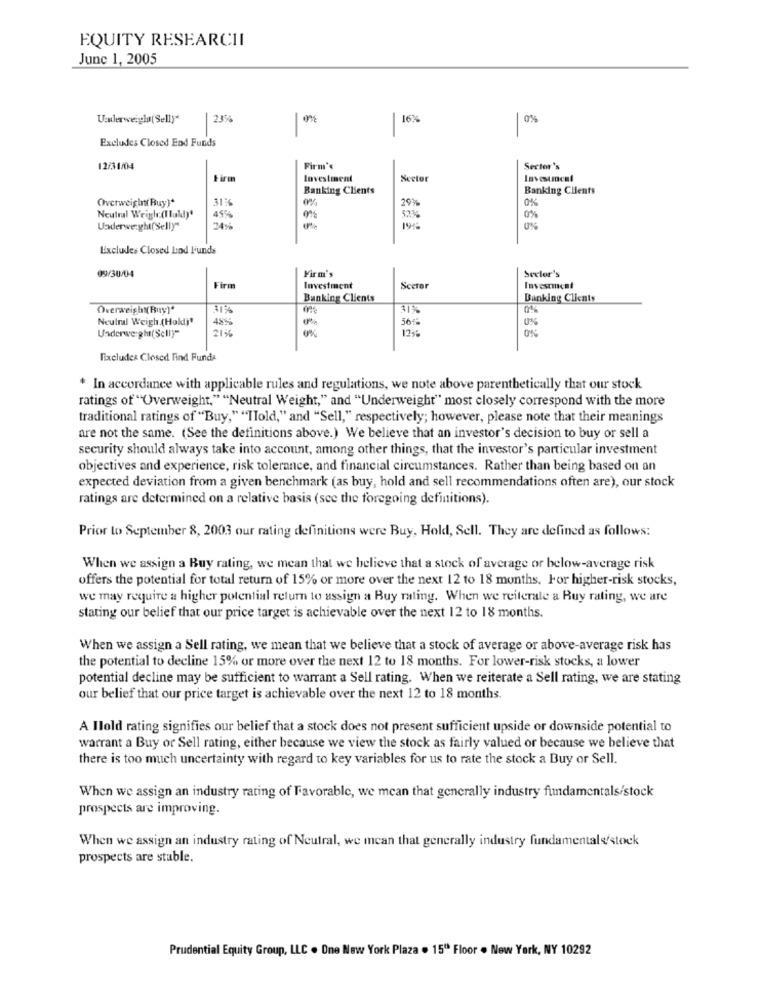
EQUITY RESEARCHI
June 1, 2005
Uenlerweigh( Sell)"
23%
16%
0%
Excludes Closed End Funds
12/31/04
Firm'
Sector's
Firm
Investment
Sector
Banking Clients
Banking Clients
OverweightBuy)*
31%
0%
299
0%
Neutral Weigh:(I fuld)'
45%
0%
0%
Underveryhi(Selly
24%
Excludes Closed Lod l'unds
Firm's
Sector's
09/30/04
Firm
Investment
Scetor
Investment
Bunking Clients
Banking Clients
Overweight(Ruy]"
31%
41%
0%
Neutral Weigh (Hold]'
486
56ªª
Underweight(Selly"
21%
0%
12%
0%
Fixcludes Closed Find Funda
* In accordance with applicable rules and regulations, we note above parenthetically that our stock
ratings of "Overweight." "Neutral Weight," and "Underweight" most closely correspond with the more
traditional ratings of "Buy," "Told," and "Sell," respectively; however, please note that their meanings
are not the same. (See the definitions above.) We believe that an investor's decision to buy or sell a
security should always take into account, among other things, that the investor's particular investment
objectives and experience, risk tolerance, and financial circumstances. Rather than being based on an
expected deviation from a given benchmark (as buy, hold and sell recommendations often are), our stock
ratings are determined on a relative basis (see the foregoing definitions).
Prior to September 8, 2003 our rating definitions were Buy, Hold, Sell. They are defined as follows:
When we assign a Buy rating, we mean that we believe that a stock of average or below-average risk
offers the potential for total return of 15% or more over the next 12 to 18 months. For higher-risk stocks,
we may require a higher potential return to assign a Buy rating. When we reiterale a Buy rating, we are
stating our belief that our price target is achievable over the next 12 to 18 months.
When we assign a Sell rating, we mean that we believe that a stock of average or above-average risk has
the potential to decline 15% or more over the next 12 to 18 months. For lower-risk stocks, a lower
potential decline may be sufficient to warrant a Sell rating. When we reiterate a Sell rating, we are stating
our belief that our price target is achievable over the next 12 to 18 months.
A Ilold rating signifies our belief that a stock does not present sufficient upside or downside potential to
warrant a Buy or Sell rating, either because we view the stock as fairly valued or because we believe that
there is too much uncertainty with regard to key variables for us to rate the stock a Buy or Sell.
When we assign an industry rating of Favorable, we mean that generally industry fundamentals/stock
prospects are improving.
When we assign an industry rating of Neutral, we mean that generally industry fundamentals/stock
prospects are stable.
Prudential Equity Group, LLC . One New York Plaza . 15" Floor . New York, NY 10292